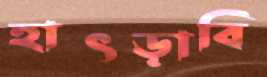
হাৎড়াবি